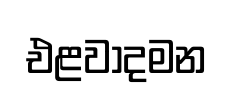
එළවාදමන